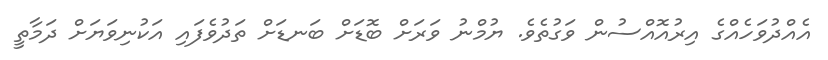
އެއްދުވަހެއްގެ އިރުއޮއްސުން ވަގުތެވެ. ޔުމްނު ވަރަށް ބޮޑަށް ބަނޑަށް ތަދުވެފައި އަކުނިވަޔަށް ދަމާތީ